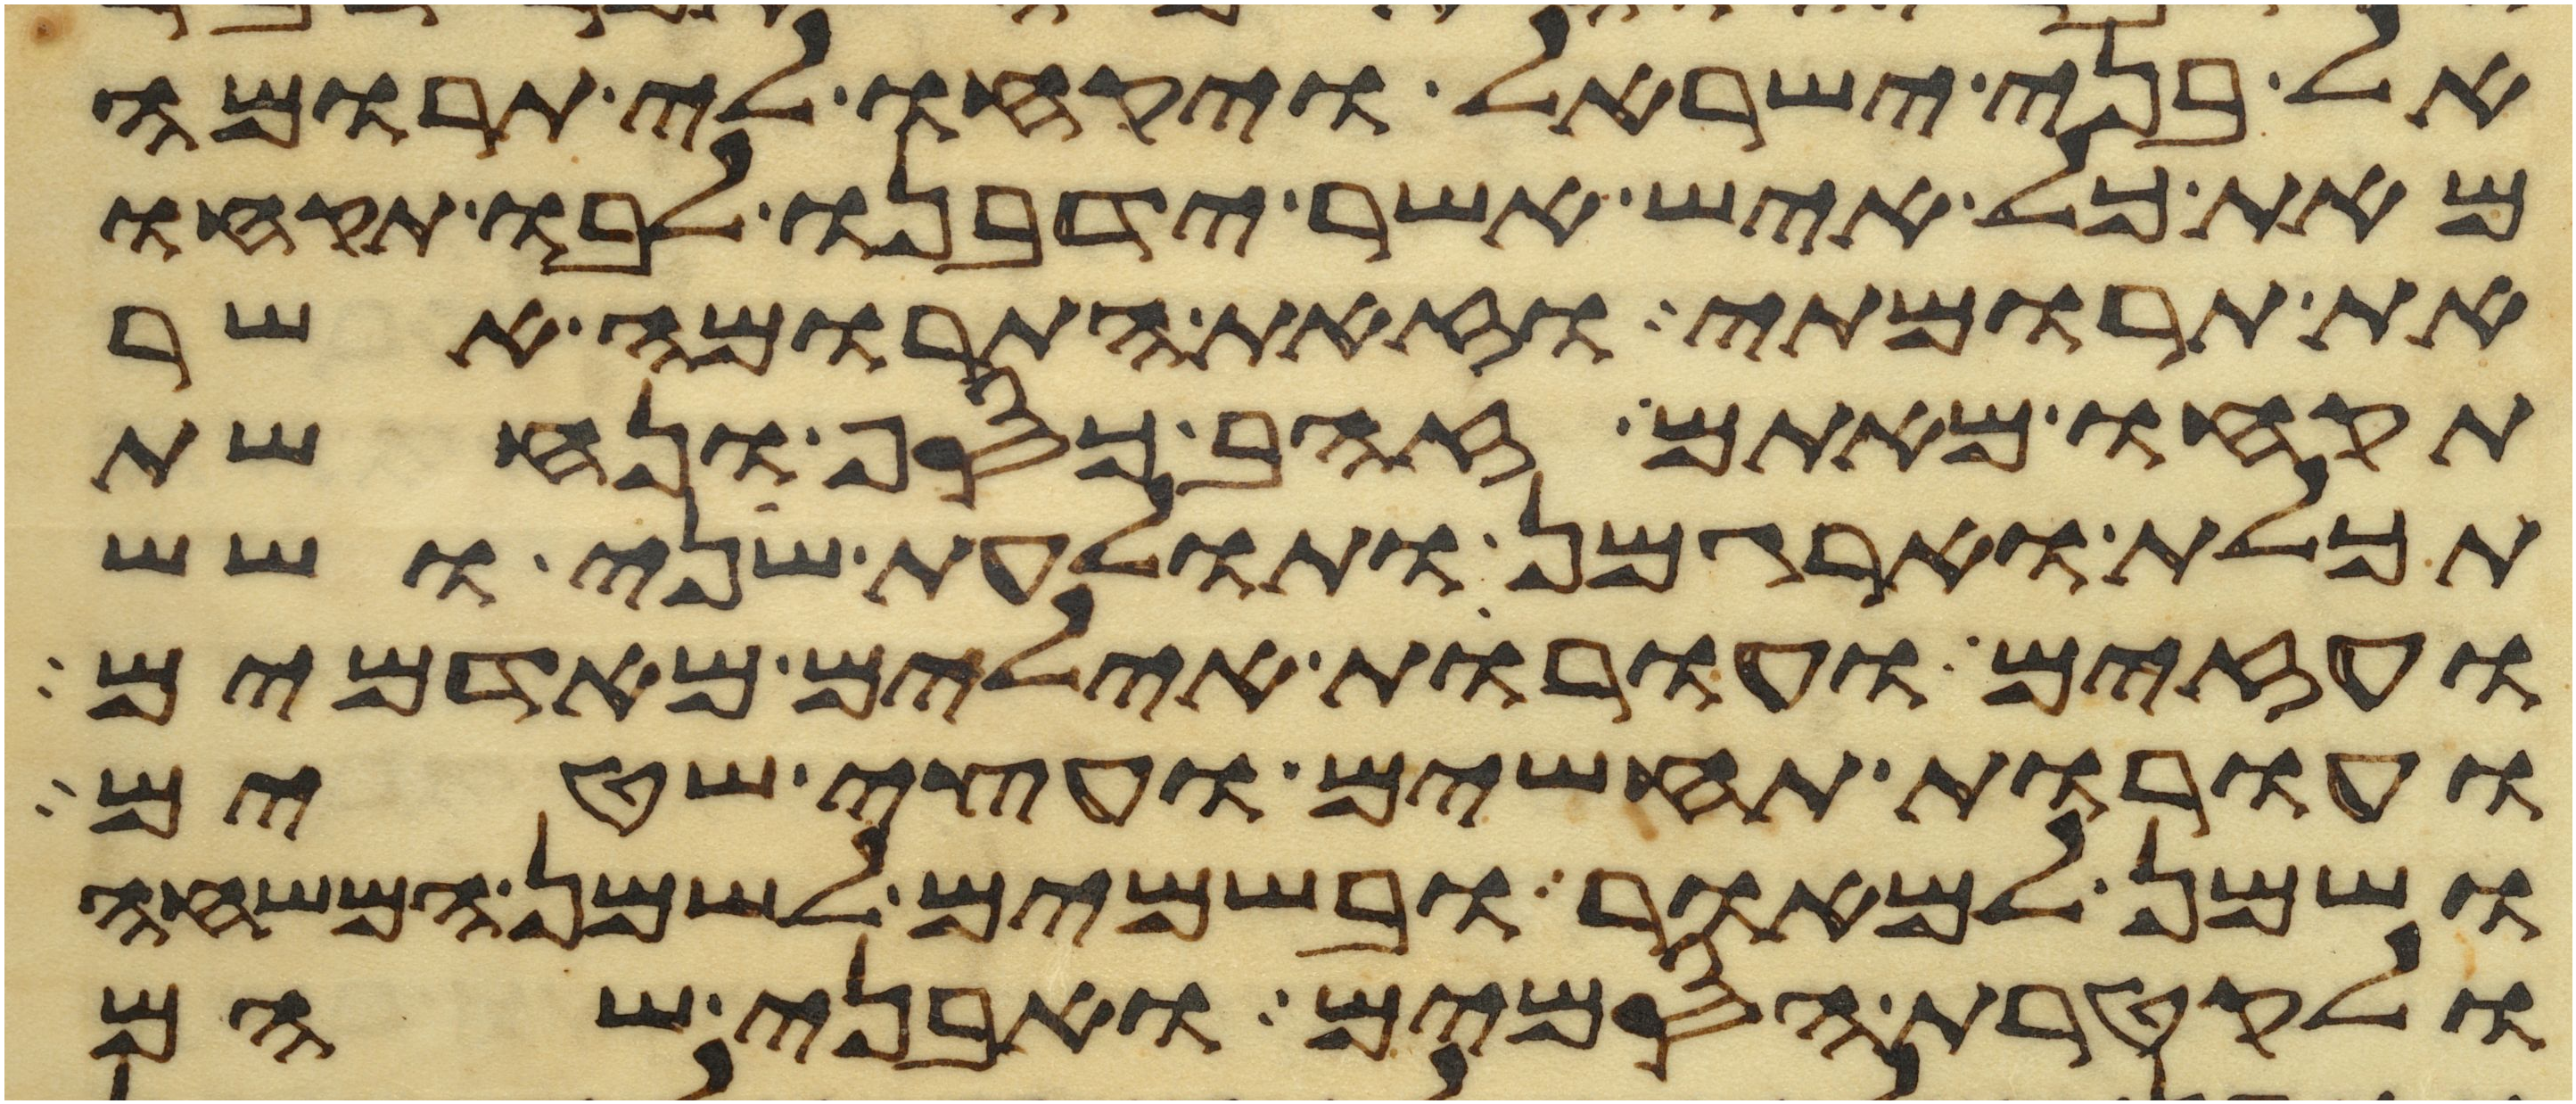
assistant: אל בני ישראל ויקחו לי תרומה
מאת כל איש אשר ידבנו לבו תקחו
את תרומתי וזאת התרומה אשר
תקחו מאתם זהב כסף ונחשת
תכלת וארגמן ותולעת שני ושש
ועזים ועורות אילים מאדמים
ועורות תחשים ועצי שטים
ושמן למאור ובשמים לשמן המשחה
ולקטרת הסמים ואבני שהם